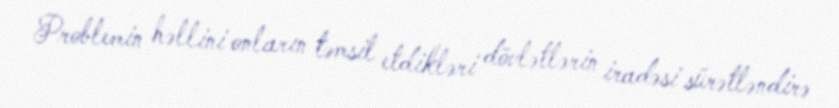
Problemin həllini onların təmsil etdikləri dövlətlərin iradəsi sürətləndirə